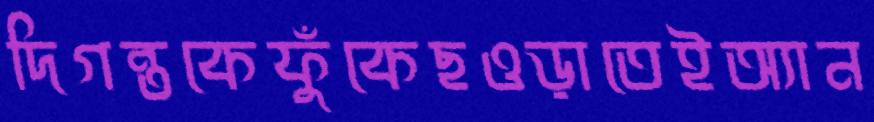
দিগন্তকেফুঁকেছওড়াতেইঅ্যান